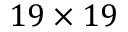
1 9 \times 1 9